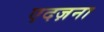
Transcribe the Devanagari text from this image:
एदज़ना